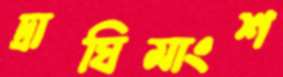
দ্রাঘিমাংশ